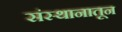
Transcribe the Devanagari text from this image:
संस्थानातून